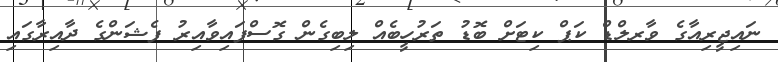
ނައިޖީރިއާގެ ވާރލްޑް ކަޕް ކިޓަށް ބޮޑު ތަރުހީބެއް ލިބިގެން ގޮސްފައިވާއިރު ފެޝަންގެ ދާއިރާގައި